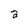
Character: a